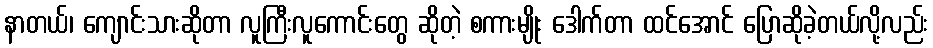
နာတယ်၊ ကျောင်းသားဆိုတာ လူကြီးလူကောင်းတွေ ဆိုတဲ့ စကားမျိုး ဒေါက်တာ ထင်အောင် ပြောဆိုခဲ့တယ်လို့လည်း